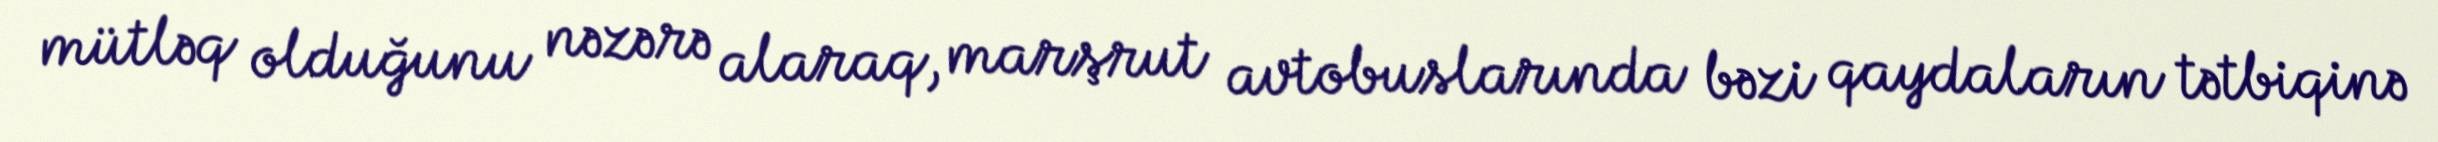
mütləq olduğunu nəzərə alaraq, marşrut avtobuslarında bəzi qaydaların tətbiqinə